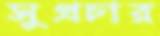
সুপ্রচার